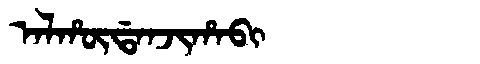
Manchu: ᠠᠯᡥᡡᡩᠠᠨᠵᡳᡥᠠᠪᡳ
Romanization: ALHŪDANJIHABI